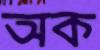
অক